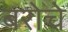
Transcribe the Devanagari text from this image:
बरोचे